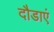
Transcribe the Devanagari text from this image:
दौडाएं